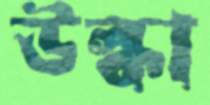
উল্কা